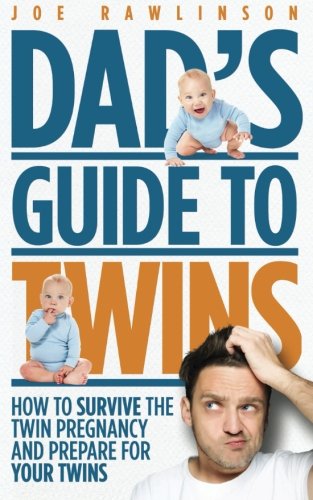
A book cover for Dad's Guide to Twins: How to Survive the Twin Pregnancy and Prepare for Your Twins; Joe Rawlinson; Parenting & Relationships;